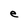
Character: e